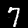
Digit: 7